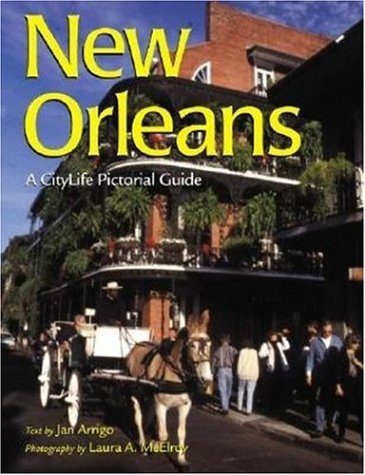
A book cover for New Orleans (Citylife Pictorial Guides); Jan Arrigo; Travel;